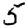
Digit: 5